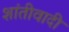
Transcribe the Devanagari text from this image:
शांतीवादी